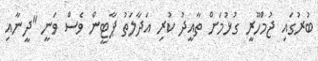
ބުރުގައި ޖުމްހޫރީ ގުޅުމަށް ތާއީދު ކުރި އަދާލަތު ޕާޓީން ވެސް ވަނީ "ދީނާއި